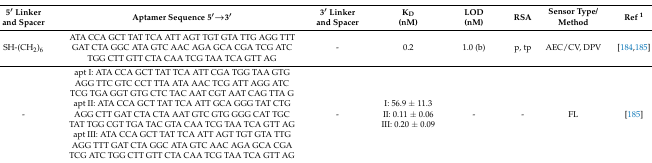
<table><thead><tr><td><b>5′ Linker and Spacer</b></td><td><b>Aptamer Sequence 5′→3′</b></td><td><b>3′ Linker and Spacer</b></td><td><b>K<sub>D</sub>(nM)</b></td><td><b>LOD(nM)</b></td><td><b>RSA</b></td><td><b>Sensor Type/Method</b></td><td><b>Ref <sup>1</sup></b></td></tr></thead><tbody><tr><td>SH-(CH<sub>2</sub>)<sub>6</sub></td><td>ATA CCA GCT TAT TCA ATT AGT TGT GTA TTG AGG TTT GAT CTA GGC ATA GTC AAC AGA GCA CGA TCG ATC TGG CTT GTT CTA CAA TCG TAA TCA GTT AG</td><td>-</td><td>0.2</td><td>1.0 (b)</td><td>p, tp</td><td>AEC/CV, DPV</td><td>[184,185]</td></tr><tr><td>-</td><td>apt I: ATA CCA GCT TAT TCA ATT CGA TGG TAA GTG AGG TTC GTC CCT TTA ATA AAC TCG ATT AGG ATC TCG TGA GGT GTG CTC TAC AAT CGT AAT CAG TTA Gapt II: ATA CCA GCT TAT TCA ATT GCA GGG TAT CTG AGG CTT GAT CTA CTA AAT GTC GTG GGG CAT TGC TAT TGG CGT TGA TAC GTA CAA TCG TAA TCA GTT AGapt III: ATA CCA GCT TAT TCA ATT AGT TGT GTA TTG AGG TTT GAT CTA GGC ATA GTC AAC AGA GCA CGA TCG ATC TGG CTT GTT CTA CAA TCG TAA TCA GTT AG</td><td>-</td><td>I: 56.9 ± 11.3II: 0.11 ± 0.06III: 0.20 ± 0.09</td><td>-</td><td>-</td><td>FL</td><td>[185]</td></tr></tbody></table>